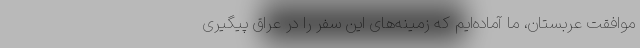
موافقت عربستان، ما آماده‌ایم که زمینه‌های این سفر را در عراق پیگیری